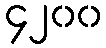
၄၂၀၀